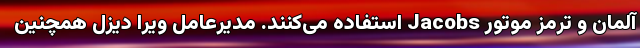
آلمان و ترمز موتور Jacobs استفاده می‌کنند. مدیرعامل ویرا دیزل همچنین